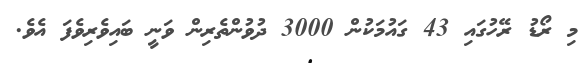
މި ރޯޑު ރޭހުގައި 43 ގައުމަކުން 3000 ދުވުންތެރިން ވަނީ ބައިވެރިވެފަ އެވެ.